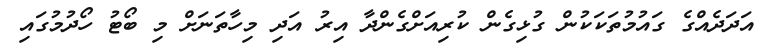
އަދަދެއްގެ ގައުމުތަކަކުން ގުޅިގެން ކުރިއަށްގެންދާ އިރު އަދި މިހާތަނަށް މި ބޯޓު ހޯދުމުގައި